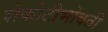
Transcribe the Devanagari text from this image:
शेकोटीभोवती